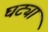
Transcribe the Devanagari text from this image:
घट्या